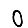
Digit: 0